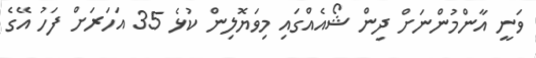
ވަނީ އާންމުންނަށް ދިން ޝޯއެއްގައި މިވަޔޮލިން ކުޅެ 35 އަހަރަށް ފަހު އޭގެ